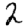
Digit: 2